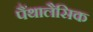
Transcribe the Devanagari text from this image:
पैंथालैसिक